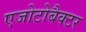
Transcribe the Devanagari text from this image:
एजोटोबैक्टर